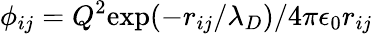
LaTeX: \phi_{ij}=Q^{2}\mathrm{exp}(-r_{ij}/\lambda_{D})/4\pi\epsilon_{0}r_{ij}